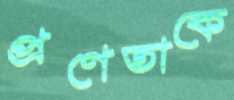
প্রণেতাকে